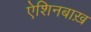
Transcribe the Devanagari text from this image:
ऐशिनबाख़